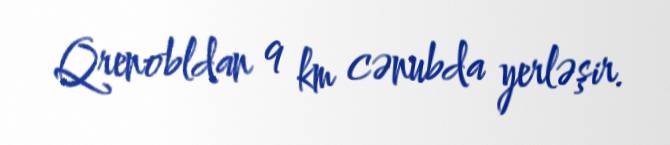
Qrenobldan 9 km cənubda yerləşir.